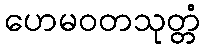
ဟေမဝတသုတ္တံ